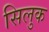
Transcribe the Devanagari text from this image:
सिलुक